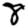
Digit: 8